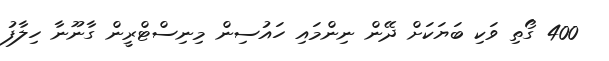
400 ގޯތި ވަކި ބަޔަކަށް ދޭން ނިންމައި ހައުސިން މިނިސްޓްރީން ގާނޫނާ ހިލާފު